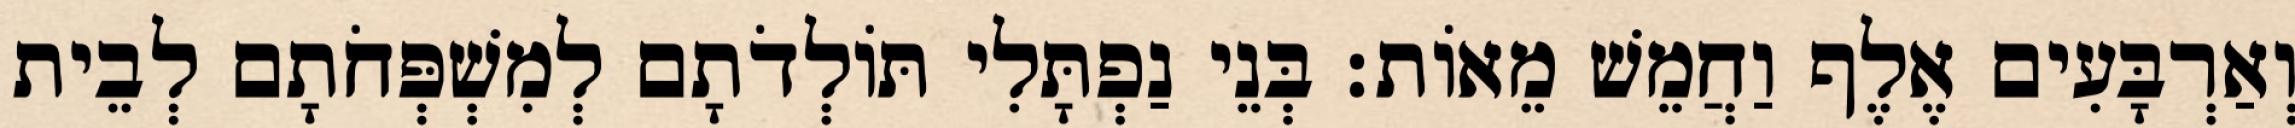
וְאַרְבָּעִים אֶלֶף וַחֲמֵשׁ מֵאוֹת׃ בְּנֵי נַפְתָּלִי תּוֹלְדֹתָם לְמִשְׁפְּחֹתָם לְבֵית